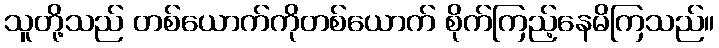
သူတို့သည် တစ်ယောက်ကိုတစ်ယောက် စိုက်ကြည့်နေမိကြသည်။